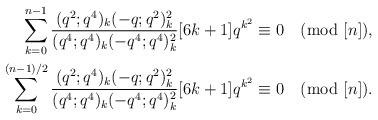
LaTeX: \begin{align*}\sum_{k=0}^{n-1}\frac{(q^2;q^4)_k(-q;q^2)_k^2}{(q^4;q^4)_k(-q^4;q^4)_k^2}[6k+1]q^{k^2} &\equiv0\pmod{[n]}, \\\sum_{k=0}^{(n-1)/2}\frac{(q^2;q^4)_k(-q;q^2)_k^2}{(q^4;q^4)_k(-q^4;q^4)_k^2}[6k+1]q^{k^2} &\equiv0\pmod{[n]}. \end{align*}